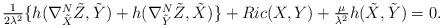
LaTeX: \begin{align*}\begin{array}{ll}\frac{1}{2\lambda^2} \{ h(\nabla_{\tilde{X}}^N \tilde{Z}, \tilde{Y}) + h(\nabla_{\tilde{Y}}^N \tilde{Z}, \tilde{X})\} + Ric(X,Y) + \frac{\mu}{\lambda^2} h(\tilde{X},\tilde{Y}) = 0.\end{array}\end{align*}